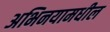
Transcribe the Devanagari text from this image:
अभिनयामधील